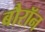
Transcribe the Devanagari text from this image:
बौरॉन